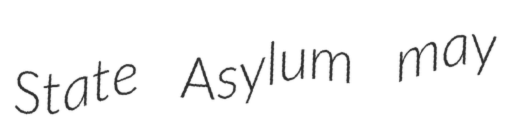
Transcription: State Asylum may